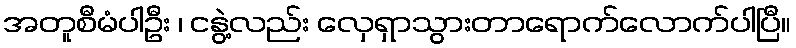
အတူစီမံပါဦး ၊ ငနွဲ့လည်း လှေရှာသွားတာရောက်လောက်ပါပြီ။